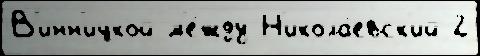
В'инн'ицкой м'е́жду Н'икола́евск'ий 2